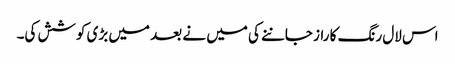
اس لال رنگ کا راز جاننے کی میں نے بعد میں بڑی کوشش کی۔